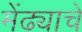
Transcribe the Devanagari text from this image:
मेंढ्याचे